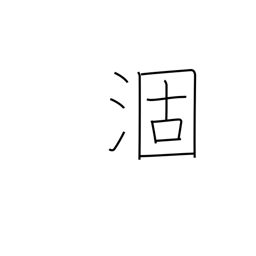
Meaning: mature